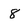
Character: 8